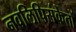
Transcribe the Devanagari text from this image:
नवलिपिसंकेतों